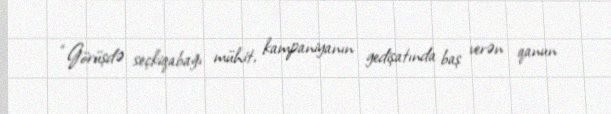
“Görüşdə seçkiqabağı mühit, kampaniyanın gedişatında baş verən qanun